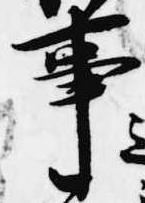
事